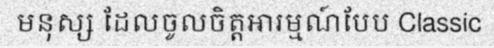
មនុស្ស ដែលចូលចិត្តអារម្មណ៍បែប Classic